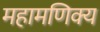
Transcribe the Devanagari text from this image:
महामणिक्य